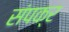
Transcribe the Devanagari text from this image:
संपक्र